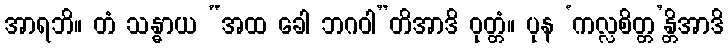
အာရဘိ။ တံ သန္ဓာယ “အထ ခေါ ဘဂဝါ”တိအာဒိ ဝုတ္တံ။ ပုန ‘ကလ္လစိတ္တ’န္တိအာဒိ